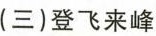
(三) 登飞来峰